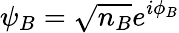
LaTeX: \psi_{B}={\sqrt{n_{B}}}e^{i\phi_{B}}